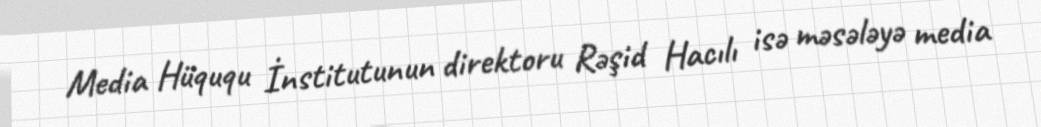
Media Hüququ İnstitutunun direktoru Rəşid Hacılı isə məsələyə media